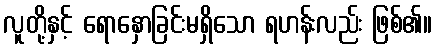
လူတို့နှင့် ရောနှောခြင်းမရှိသော ရဟန်းလည်း ဖြစ်၏။